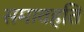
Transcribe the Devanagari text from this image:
समावहति